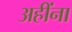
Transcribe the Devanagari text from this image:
अहींना